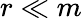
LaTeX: r\ll m